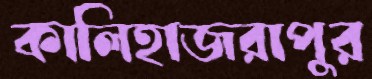
কালিহাজরাপুর